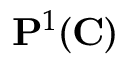
\mathbf { P } ^ { 1 } ( \mathbf { C } )